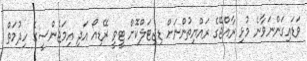
ވަޑައިގަންނަވާނެ މުޅި ރާއްޖޭގެ ރައްޔިތުންނަށް ޑިޖިޓަލްކޮށް ޓީވީ ރޭޑިއޯ އަދި އިމަޖެންސީގެ ހިދުމަތް